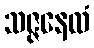
သဇ္ဇနေလံ